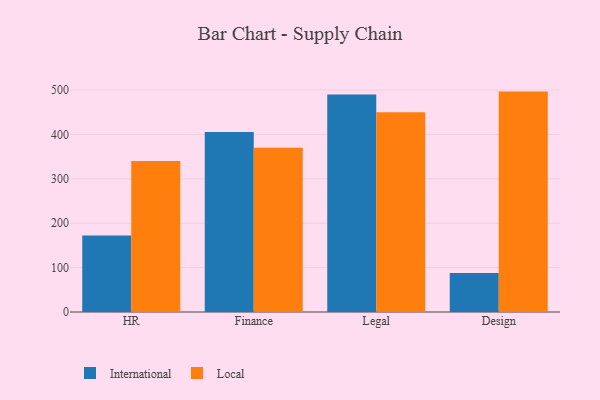
{"axis": {"x": "Department", "y": "Energy Usage (MWh)"}, "legend": ["International", "Local"], "data": [{"x": "HR", "y": 172.1, "type": "International"}, {"x": "HR", "y": 340.1, "type": "Local"}, {"x": "Finance", "y": 405.4, "type": "International"}, {"x": "Finance", "y": 369.9, "type": "Local"}, {"x": "Legal", "y": 490.3, "type": "International"}, {"x": "Legal", "y": 450.2, "type": "Local"}, {"x": "Design", "y": 87.8, "type": "International"}, {"x": "Design", "y": 496.6, "type": "Local"}]}